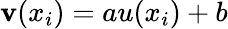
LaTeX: \mathbf{v}(x_{i})=au(x_{i})+b